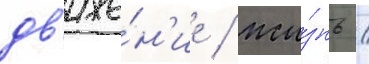
дв'иже́н'ие / жи́знь /